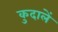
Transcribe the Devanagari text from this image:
कुदालें